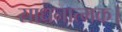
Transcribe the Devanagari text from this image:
साधनात्मक।